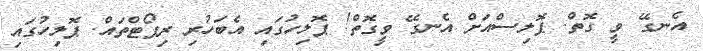
އެނގޭ ވީ ގޮތް. ޕޮލިސްއަށް އެނގޭ ވީގޮތް! ޕޮލިހުގައި އެބަހުރި ރިޕޯޓްތައް. ޕޮލިހުގައި